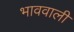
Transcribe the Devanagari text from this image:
भाववाली